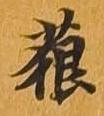
藐